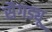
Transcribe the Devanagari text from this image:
सैगड्यू